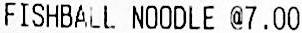
FISHBALL NOODLE @7.00